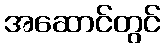
အဆောင်တွင်